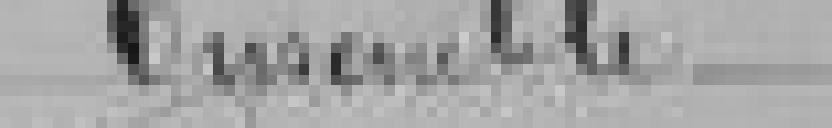
Ensemble